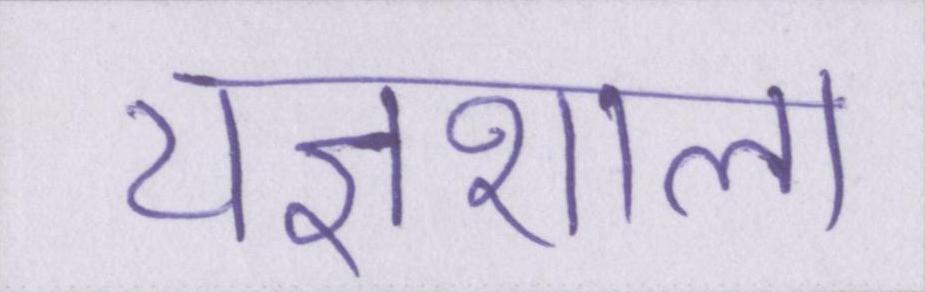
यज्ञशाला